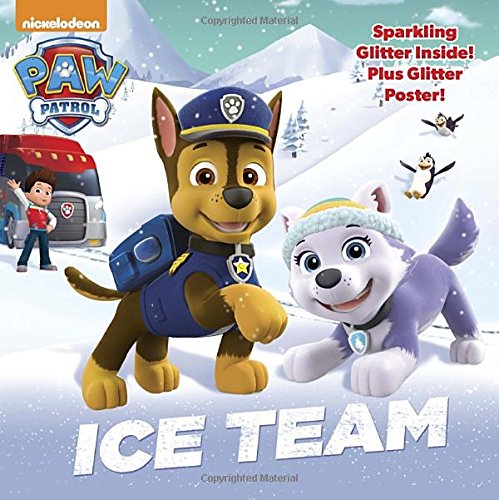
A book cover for Ice Team (Paw Patrol) (Glitter Picturebook); Random House; Children's Books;